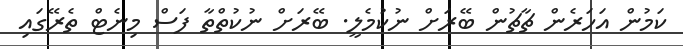
ކަމުން އަހަރެން ޗާޗުން ބޭރަށް ނުކުމެލީ. ބޭރަށް ނުކުތްތާ ފަސް މިނެޓް ތެރޭގައި